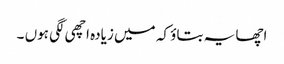
اچھا یہ بتاؤ کہ میں زیادہ اچھی لگی ہوں ۔